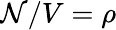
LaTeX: \mathcal{N}/V=\rho